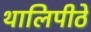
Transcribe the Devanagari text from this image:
थालिपीठे